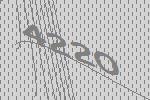
4220